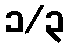
၁/၃